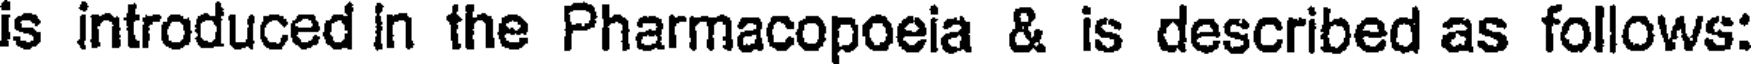
is introduced in the Pharmacopoeia & is described as follows: